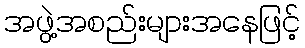
အဖွဲ့အစည်းများအနေဖြင့်